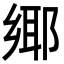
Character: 鄊